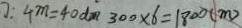
: 4 m = 4 0 d m 3 0 0 \times 6 = 1 8 0 0 ( m )